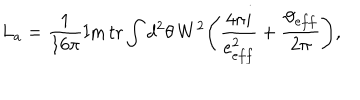
LaTeX: L _ { a } = \frac { 1 } { 1 6 \pi } \mathrm { I m } \, \mathrm { t r } \int d ^ { 2 } \theta \, W ^ { 2 } \Bigg ( \frac { 4 \pi i } { e _ { e f f } ^ { 2 } } + \frac { \vartheta _ { e f f } } { 2 \pi } \Bigg ) ,